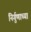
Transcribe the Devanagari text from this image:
निर्गुणाच्या